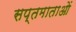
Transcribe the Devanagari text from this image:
सप्तमाताओं